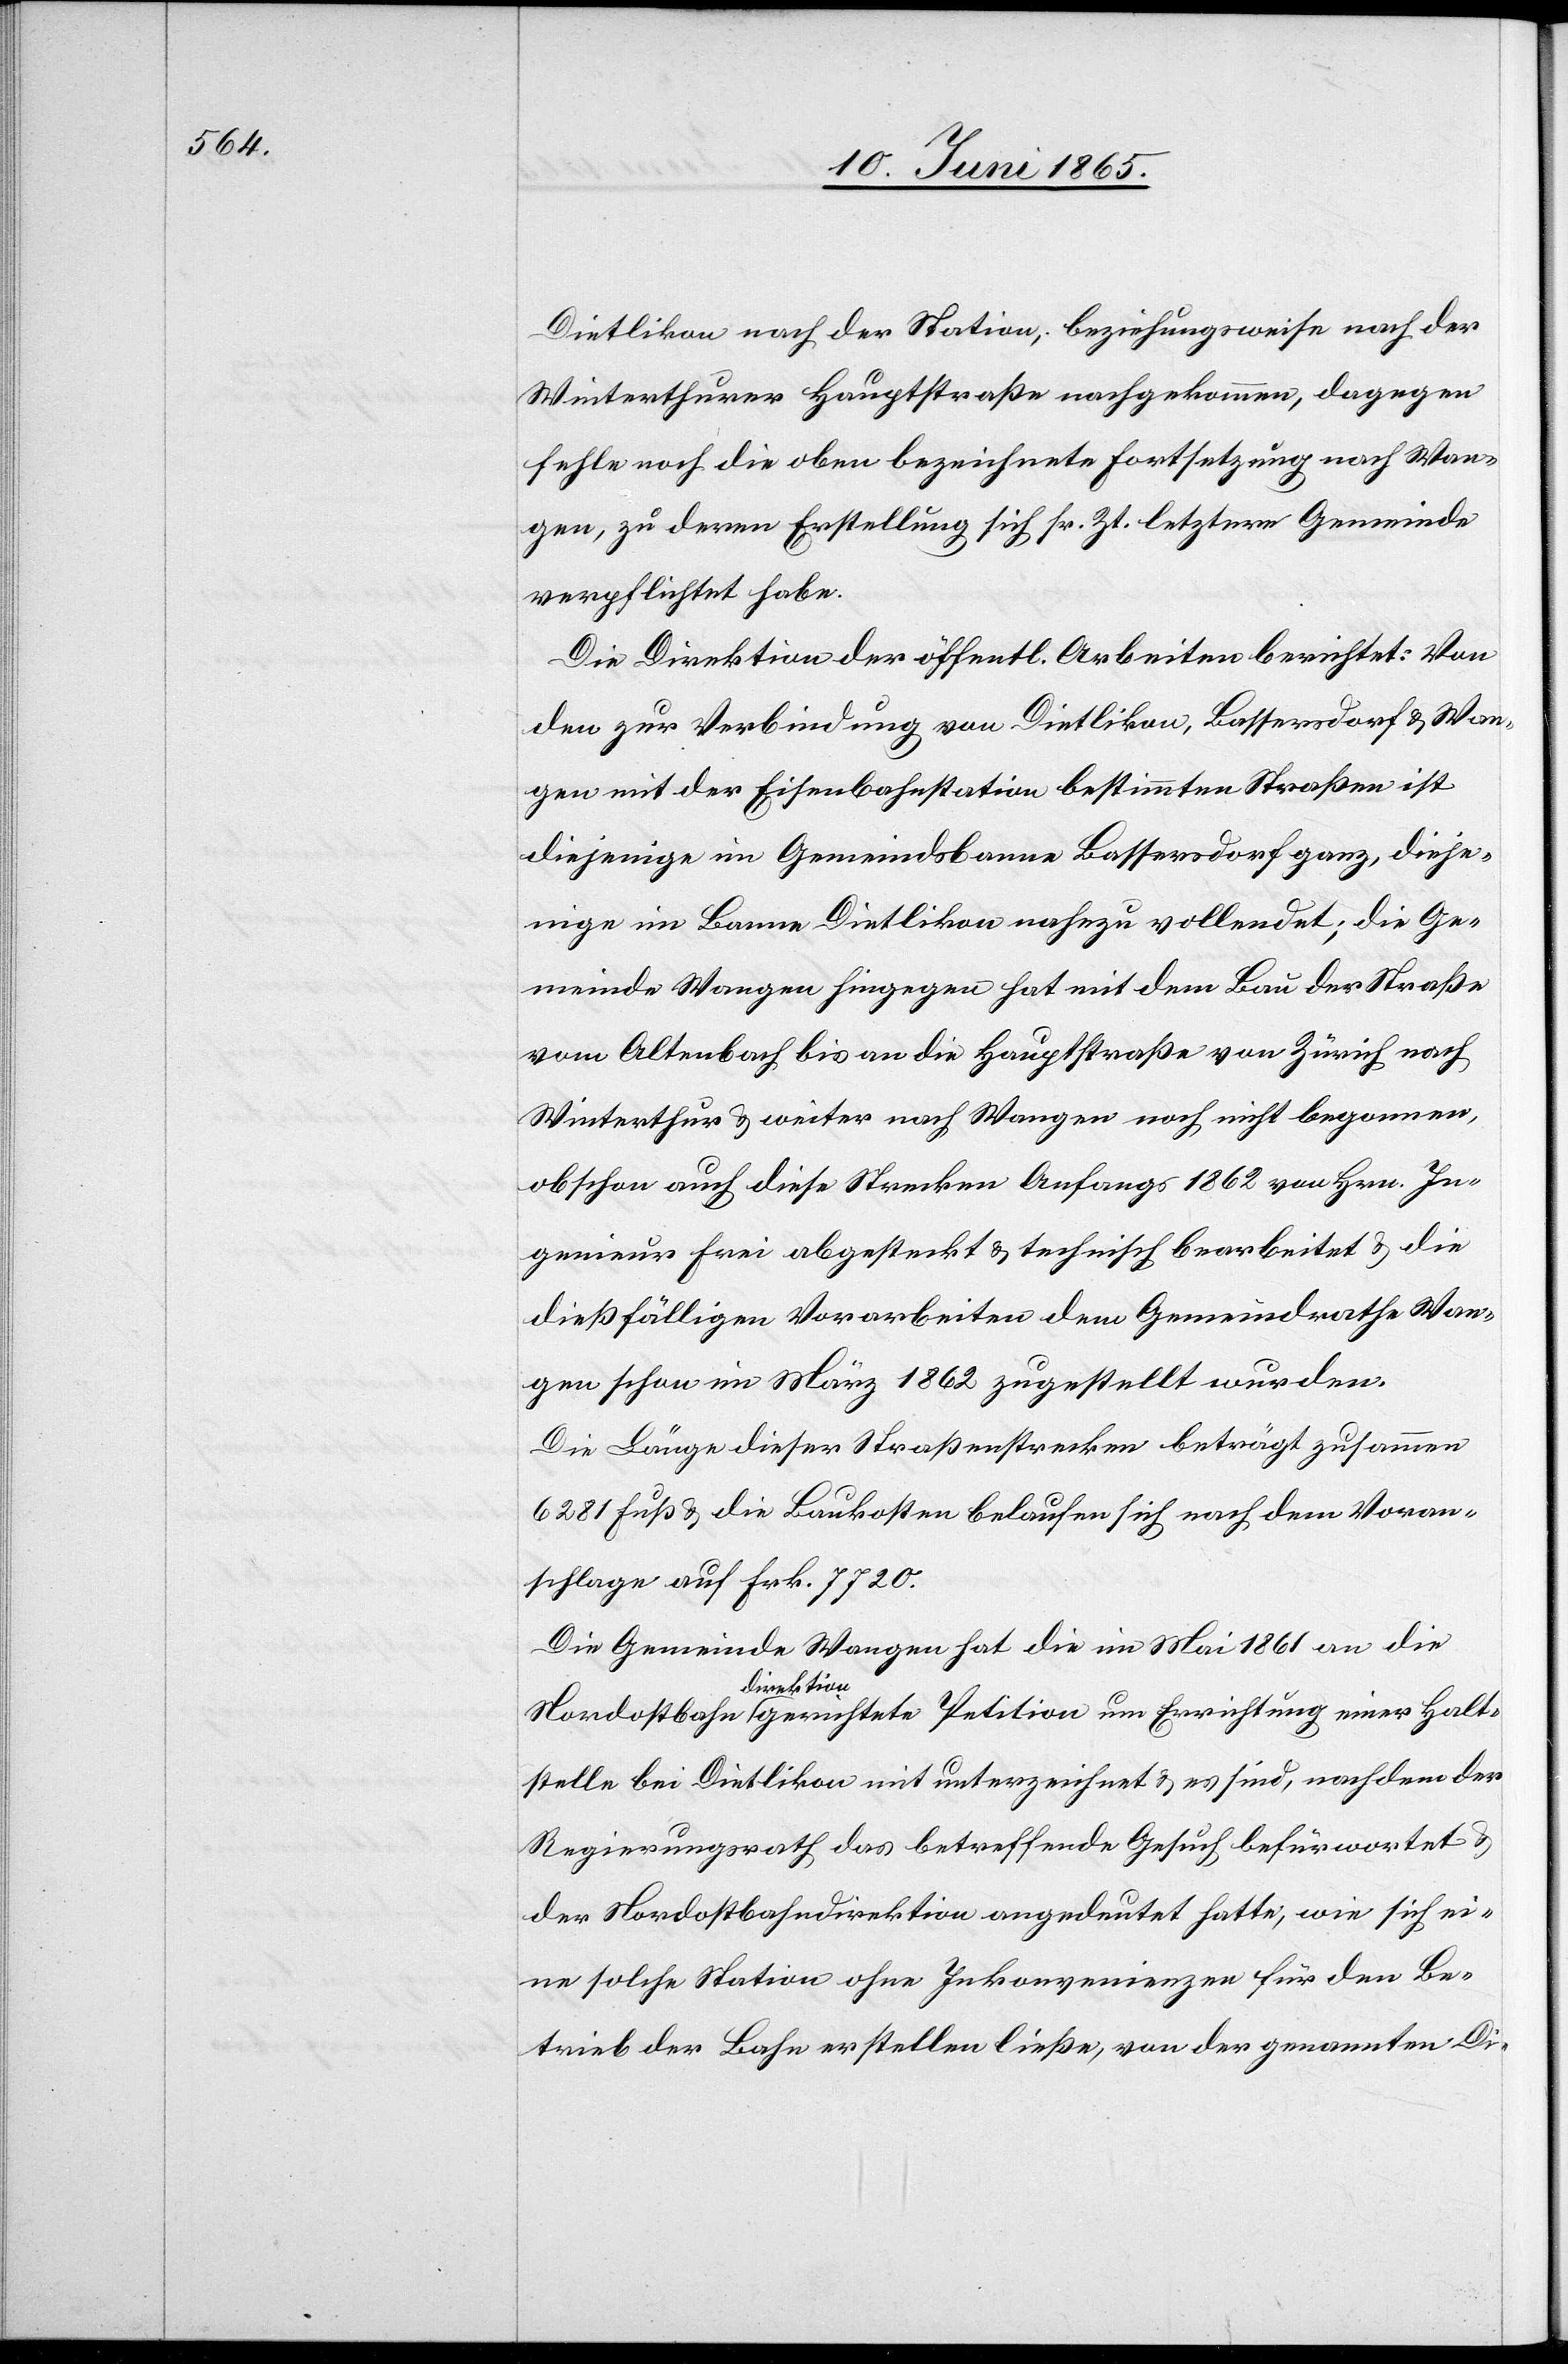
Dietlikon nach der Station, beziehungsweise nach der
Winterthurer Hauptstraße nachgekommen, dagegen
fehle noch die oben bezeichnete Fortsetzung nach Wan¬
gen, zu deren Erstellung sich sr. Zt. letztere Gemeinde
verpflichtet habe.
Die Direktion der öffentl. Arbeiten berichtet: Von
den zur Verbindung von Dietlikon, Bassersdorf & Wan¬
gen mit der Eisenbahnstation bestimmten Straßen ist
diejenige im Gemeindsbanne Bassersdorf ganz, dieje¬
nige im Banne Dietlikon nahezu vollendet; die Ge¬
meinde Wangen hingegen hat mit dem Bau der Straße
vom Altenbach bis an die Hauptstraße von Zürich nach
Winterthur & weiter nach Wangen noch nicht begonnen,
obschon auch diese Strecken Anfangs 1862 von Hrn. In¬
genieur Frei abgesteckt & technisch bearbeitet & die
dießfälligen Vorarbeiten dem Gemeindrathe Wan¬
gen schon im März 1862 zugestellt wurden.
Die Länge dieser Straßenstrecken beträgt zusammen
6281 Fuß & die Baukosten belaufen sich nach dem Voran¬
schlage auf Frk. 7720.
Die Gemeinde Wangen hat die im Mai 1861 an die
Haltstelle bei Dietlikon mit unterzeichnet & es sind, nachdem der
Regierungsrath das betreffende Gesuch befürwortet &
der Nordostbahndirektion angedeutet hatte, wie sich ei¬
ne solche Station ohne Inkonvenienzen für den Be¬
trieb der Bahn erstellen ließe, von der genannten Di-